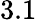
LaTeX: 3.1